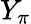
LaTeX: Y_{\pi}